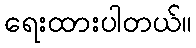
ရေးထားပါတယ်။